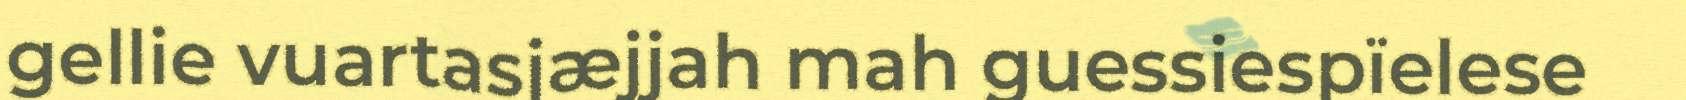
gellie vuartasjæjjah mah guessiespïelese